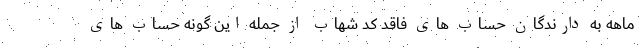
ماهه به دارندگان حساب های فاقد کد شهاب از جمله این گونه حساب های